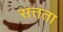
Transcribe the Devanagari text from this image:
सत्तता